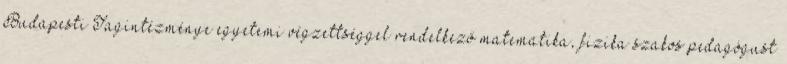
Budapesti Tagintézménye egyetemi végzettséggel rendelkező matematika, fizika szakos pedagógust